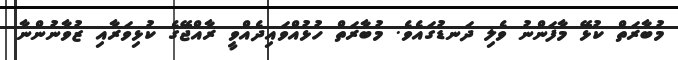
މުބާރަތް ކުޅޭ މާފަންނު ވެލި ދަނޑުގައެވެ. މުބާރަތް ހުޅުއްވައިދެއްވީ ރާއްޖޭގެ ކުޅިވަރާއި ޒުވާނުންނާ